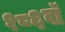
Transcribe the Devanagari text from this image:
१८६वॉ